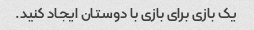
یک بازی برای بازی با دوستان ایجاد کنید.